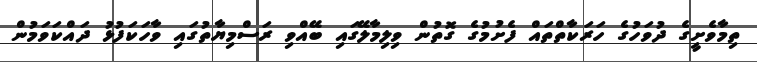
ތިމާވެށީގެ ދުވަހުގެ ހަރަކާތްތައް ފެށުމުގެ ގޮތުން ވިލިމާލޭގައި ބޭއްވި ރަސްމިޔާތުގައި ވާހަކަފުޅު ދައްކަވަމުން